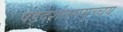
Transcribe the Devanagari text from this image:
षड्दर्शनसमुच्चय